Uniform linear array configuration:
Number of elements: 4
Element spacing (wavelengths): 0.75
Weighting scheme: cosine
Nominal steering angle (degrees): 15
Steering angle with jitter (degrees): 16.822
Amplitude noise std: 0.05
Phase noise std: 0.05

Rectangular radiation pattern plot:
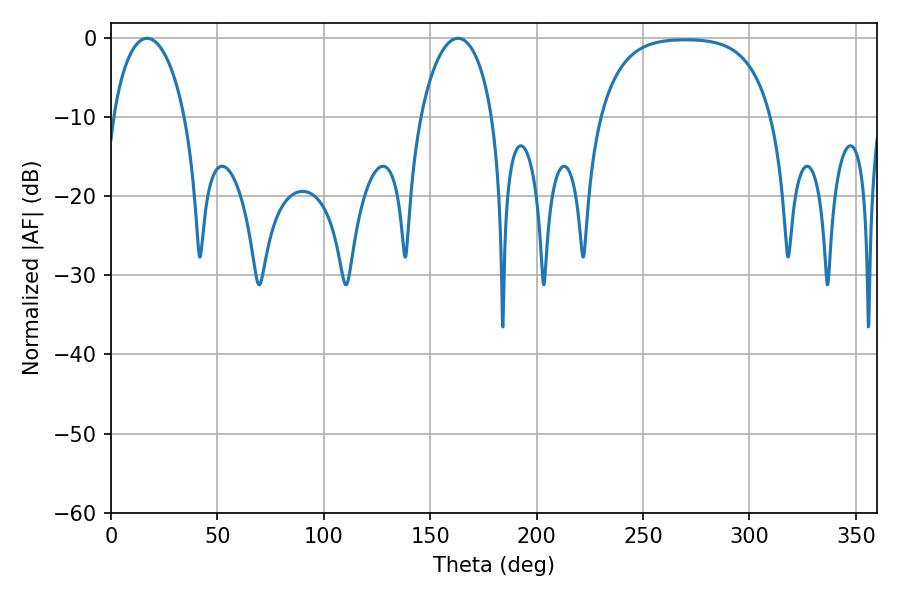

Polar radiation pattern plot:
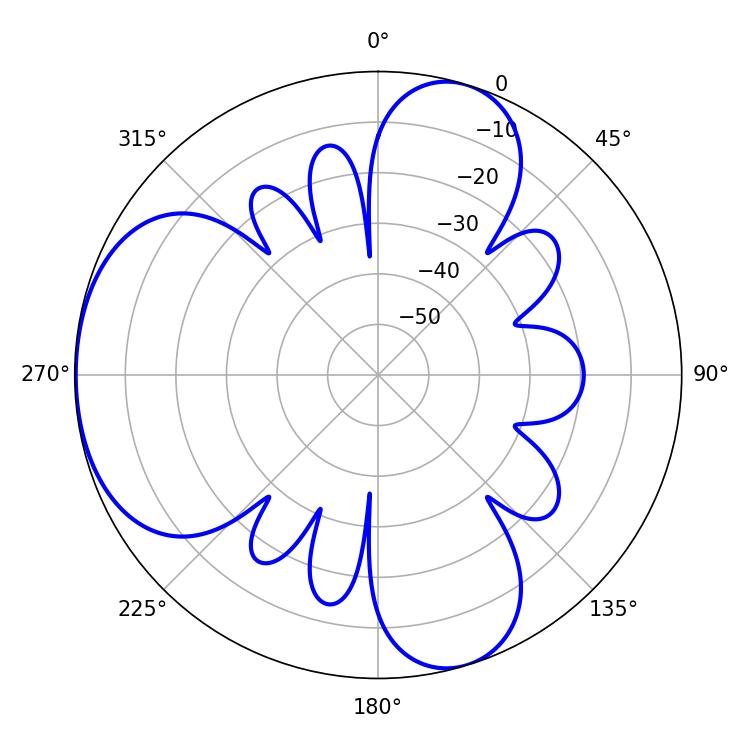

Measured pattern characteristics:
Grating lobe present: TRUE
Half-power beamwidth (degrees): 19.26
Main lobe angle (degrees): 16.92